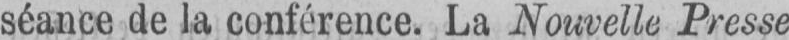
séance de la conférence. La Nouvelle Presse